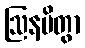
ဩနမိတွာ